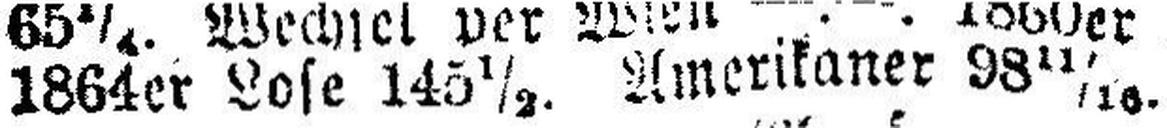
1864er Lose 145½. Amerikaner 98 11/16.